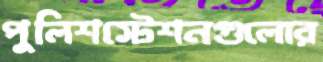
পুলিশস্টেশনগুলোর